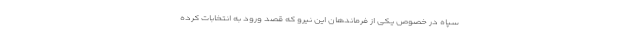
سپاه در خصوص یکی از فرماندهان این نیرو که قصد ورود به انتخابات کرده